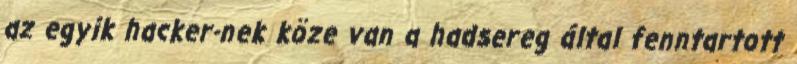
az egyik hacker-nek köze van a hadsereg által fenntartott